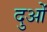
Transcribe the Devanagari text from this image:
दुओं